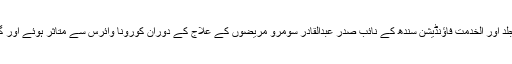
کراچی میں ماہر امراض جلد اور الخدمت فاؤنڈیشن سندھ کے نائب صدر عبدالقادر سومرو مریضوں کے علاج کے دوران کورونا وائرس سے متاثر ہوئے اور گزشتہ روز انتقال کرگئے۔